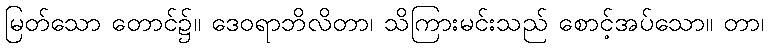
မြတ်သော တောင်၌။ ဒေဝရာဘိလိတာ၊ သိကြားမင်းသည် စောင့်အပ်သော။ တာ၊